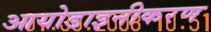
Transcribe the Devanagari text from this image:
आयोडाइनीकरण